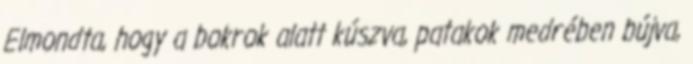
Elmondta, hogy a bokrok alatt kúszva, patakok medrében bújva,